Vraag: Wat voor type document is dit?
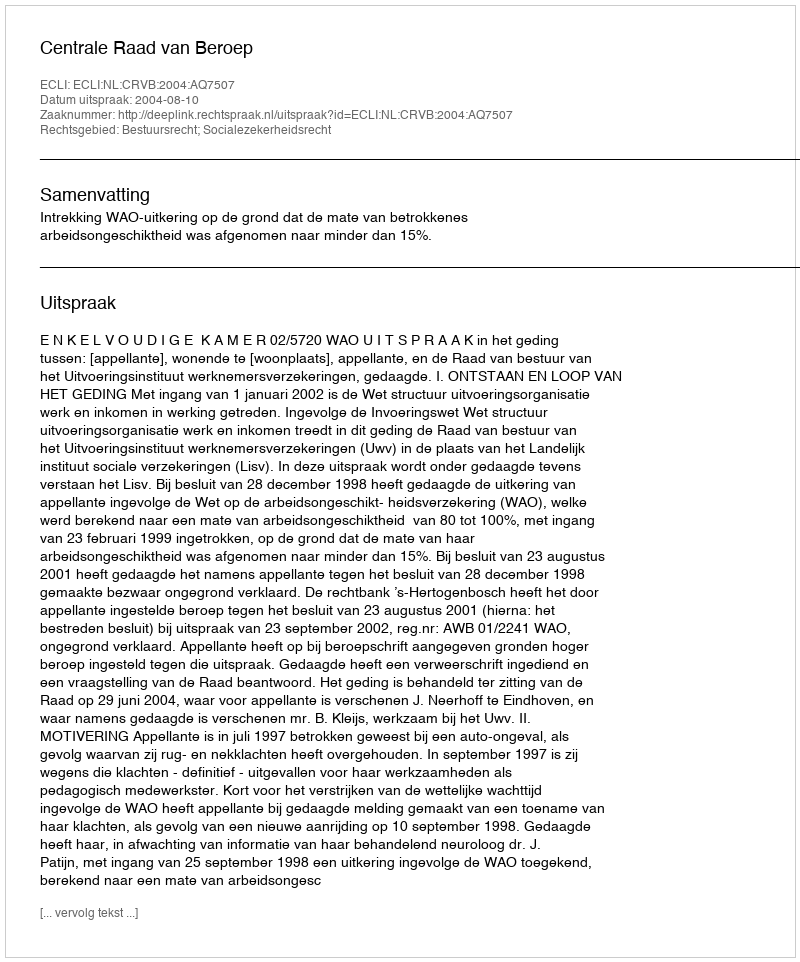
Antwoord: Uitspraak